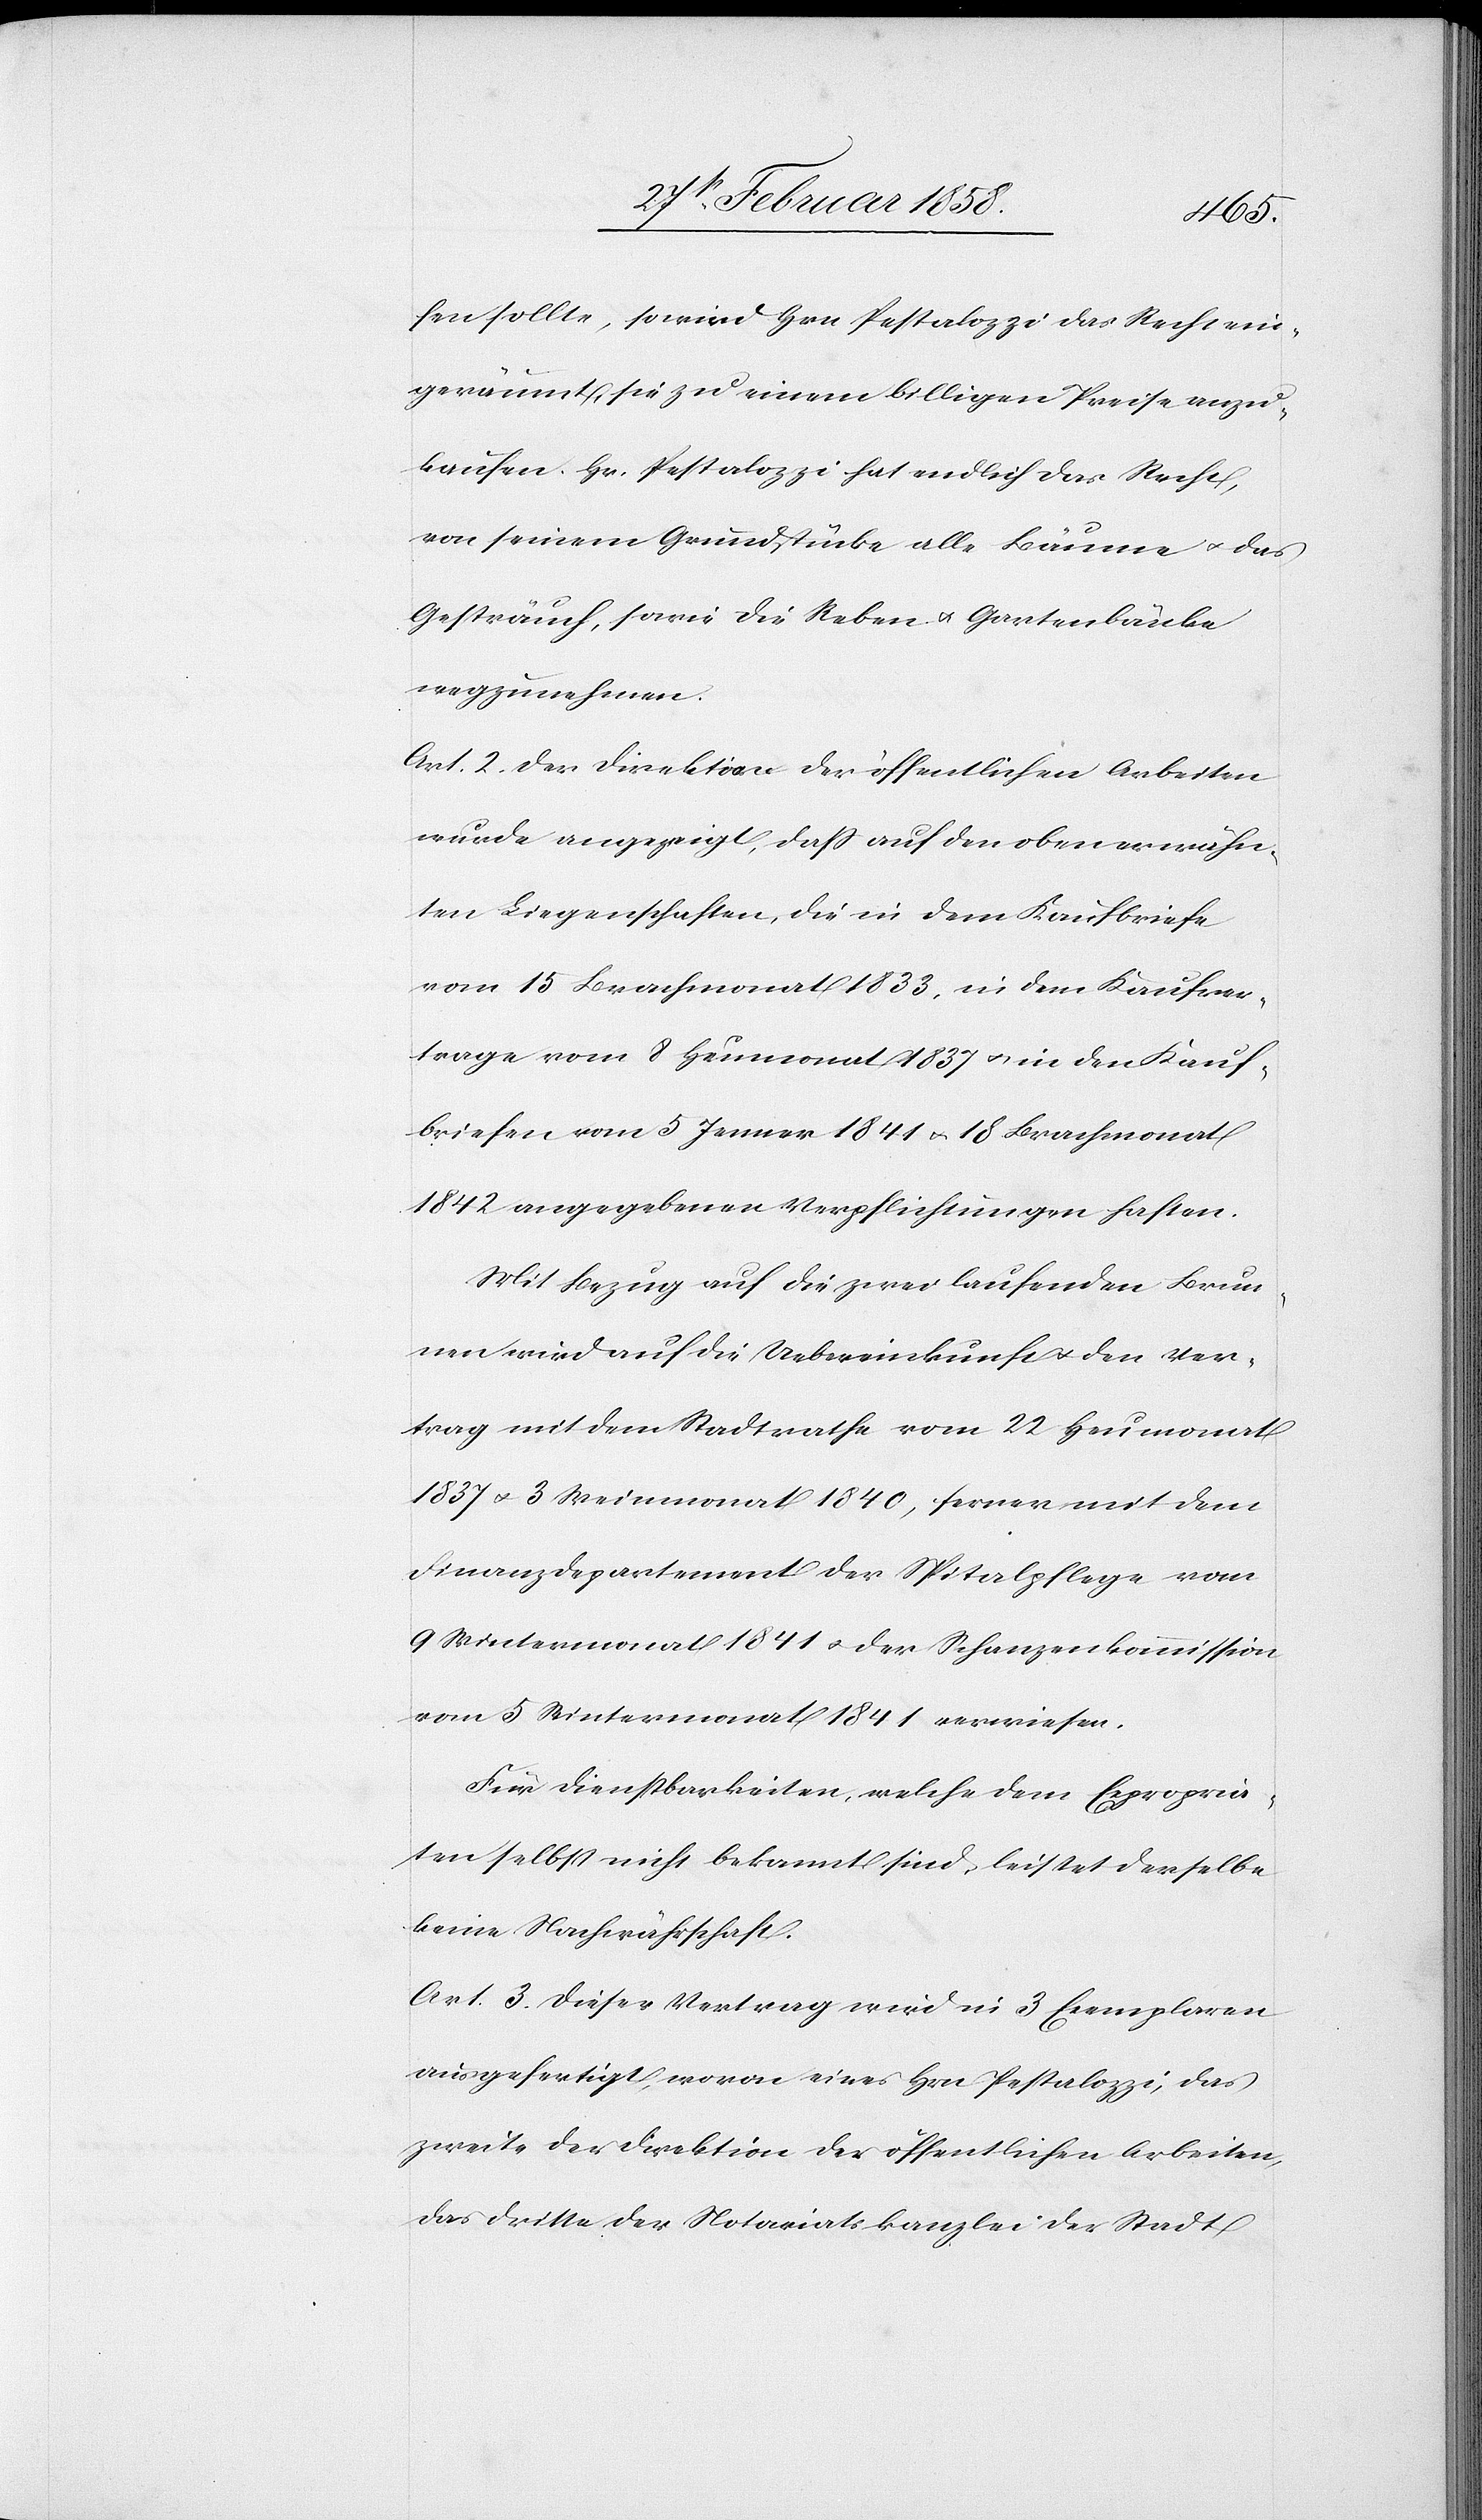
fen sollte, so wird Hrn Pestalozzi das Recht ein¬
geräumt, sie zu einem billigen Preise anzu¬
kaufen. Hr. Pestalozzi hat endlich das Recht,
von seinem Grundstücke alle Bäume u. das
Gesträuch, sowie die Reben u. Gartenbänke
wegzunehmen.
Art. 2. Der Direktion der öffentlichen Arbeiten
wurde angezeigt, daß auf den oben erwähn¬
ten Liegenschaften, die in dem Kaufbriefe
vom 15 Brachmonat 1833, in dem Kaufver¬
trage vom 8 Heumonat 1837 u. in den Kauf¬
briefen vom 5 Jenner 1841 u. 18 Brachmonat
1842 gegebenen Verpflichtungen haften.
Mit Bezug auf die zwei laufenden Brun¬
nen wird auf die Uebereinkunft u. den Ver¬
trag mit dem Stadtrathe vom 22 Heumonat
1837 u. 3 Weinmonat 1840, ferner mit dem
Finanzdepartement der Spitalpflege vom
9 Wintermonat 1841 u. der Schanzenkommission
vom 5 Wintermonat 1841 verwiesen.
Für Dienstbarkeiten, welche dem Expropria¬
ten selbst nicht bekannt sind, leistet derselbe
keine Nachwährschaft.
Art. 3. Dieser Vertrag wird in 3 Exemplaren
ausgefertigt, wovon eines Hrn Pestalozzi, das
zweite der Direktion der öffentlichen Arbeiten,
das dritte der Notariatskanzlei der Stadt